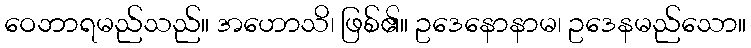
ဝေဘာရမည်သည်။ အဟောသိ၊ ဖြစ်၏။ ဥဒေနောနာမ၊ ဥဒေနမည်သော။